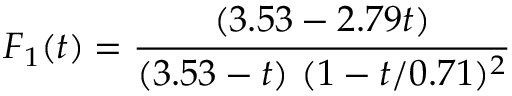
F _ { 1 } ( t ) = { \frac { ( 3 . 5 3 - 2 . 7 9 t ) } { ( 3 . 5 3 - t ) \ ( 1 - t / 0 . 7 1 ) ^ { 2 } } }